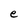
Character: e